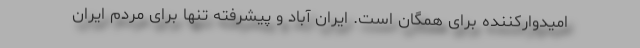
امیدوارکننده برای همگان است. ایران آباد و پیشرفته تنها برای مردم ایران